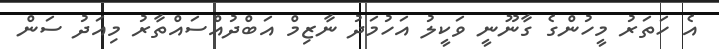
އެ ހަތަރު މީހުންގެ ގާނޫނީ ވަކީލު އަހުމަދު ނާޒިމް އަބްދުއްސައްތާރު މިއަދު ސަން